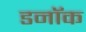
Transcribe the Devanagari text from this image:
डनॉक